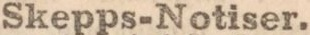
Skepps-Notiser.